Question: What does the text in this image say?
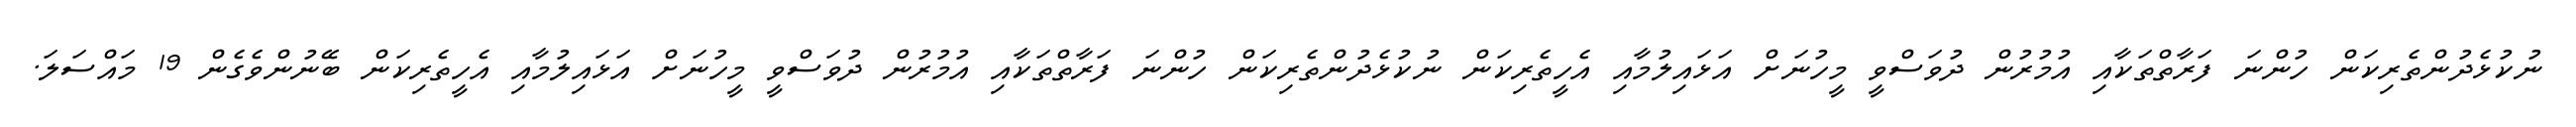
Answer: ނުކުޅެދުންތެރިކަން ހުންނަ ފަރާތްތަކާއި އުމުރުން ދުވަސްވީ މީހުނަށް އަޅައިލުމާއި އެހީތެރިކަން ނުކުޅެދުންތެރިކަން ހުންނަ ފަރާތްތަކާއި އުމުރުން ދުވަސްވީ މީހުނަށް އަޅައިލުމާއި އެހީތެރިކަން ބޭނުންވެގެން 19 މައްސަލަ.